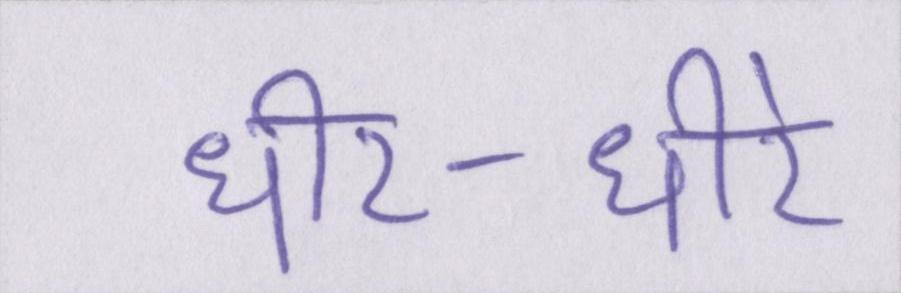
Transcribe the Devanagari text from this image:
धीर-धीरे